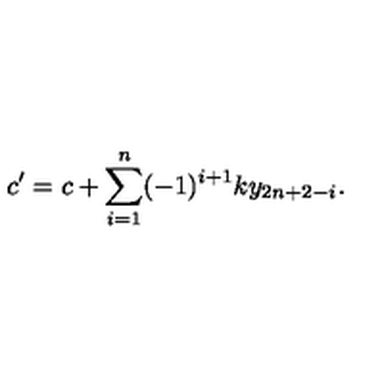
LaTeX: c ^ { \prime } = c + \sum _ { i = 1 } ^ { n } ( - 1 ) ^ { i + 1 } k y _ { 2 n + 2 - i } . \,